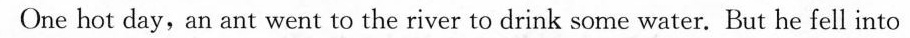
One hot day, an ant went to the river to drink some water. But he fell into